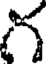
గ